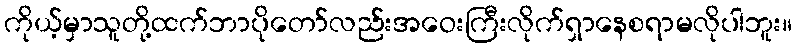
ကိုယ့်မှာသူတို့ထက်ဘာပိုတော်လည်းအဝေးကြီးလိုက်ရှာနေစရာမလိုပါဘူး။